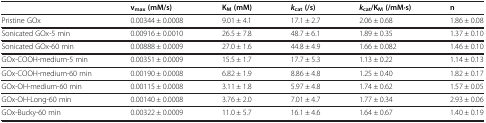
|  | vmax (mM/s) | KM (mM) | kcat (/s) | kcat/KM (/mM·s) | n |
 | --- | --- | --- | --- | --- | --- |
 | Pristine GOx | 0.00344 ± 0.0008 | 9.01 ± 4.1 | 17.1 ± 2.7 | 2.06 ± 0.68 | 1.86 ± 0.08 |
 | Sonicated GOx-5 min | 0.00916 ± 0.0010 | 26.5 ± 7.8 | 48.7 ± 6.1 | 1.89 ± 0.35 | 1.37 ± 0.10 |
 | Sonicated GOx-60 min | 0.00888 ± 0.0009 | 27.0 ± 1.6 | 44.8 ± 4.9 | 1.66 ± 0.082 | 1.46 ± 0.10 |
 | GOx-COOH-medium-5 min | 0.00351 ± 0.0009 | 15.5 ± 1.7 | 17.7 ± 5.3 | 1.13 ± 0.22 | 1.14 ± 0.13 |
 | GOx-COOH-medium-60 min | 0.00190 ± 0.0008 | 6.82 ± 1.9 | 8.86 ± 4.8 | 1.25 ± 0.40 | 1.82 ± 0.17 |
 | GOx-OH-medium-60 min | 0.00115 ± 0.0008 | 3.11 ± 1.8 | 5.97 ± 4.8 | 1.74 ± 0.62 | 1.57 ± 0.05 |
 | GOx-OH-Long-60 min | 0.00140 ± 0.0008 | 3.76 ± 2.0 | 7.01 ± 4.7 | 1.77 ± 0.34 | 2.93 ± 0.06 |
 | GOx-Bucky-60 min | 0.00322 ± 0.0009 | 11.0 ± 5.7 | 16.1 ± 4.6 | 1.64 ± 0.67 | 1.40 ± 0.19 |